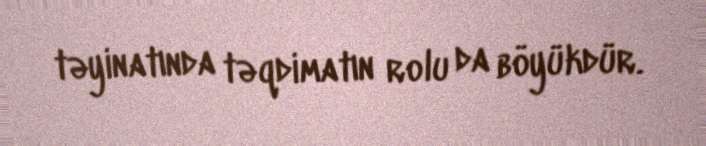
təyinatında təqdimatın rolu da böyükdür.